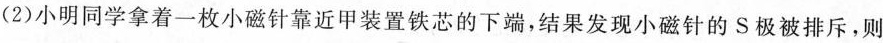
(2)小明同学拿着一枚小磁针靠近甲装置铁芯的下端，结果发现小磁针的S极被排斥，则